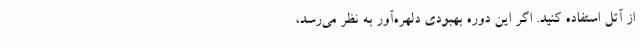
از آتل استفاده کنید. اگر این دوره بهبودی دلهره‌آور به نظر می‌رسد،